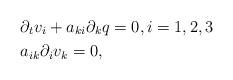
LaTeX: \begin{align*} &\partial_t v_i + a_{ki} \partial_k q = 0, i = 1, 2, 3 \\& a_{ik} \partial_i v_k = 0 , \end{align*}